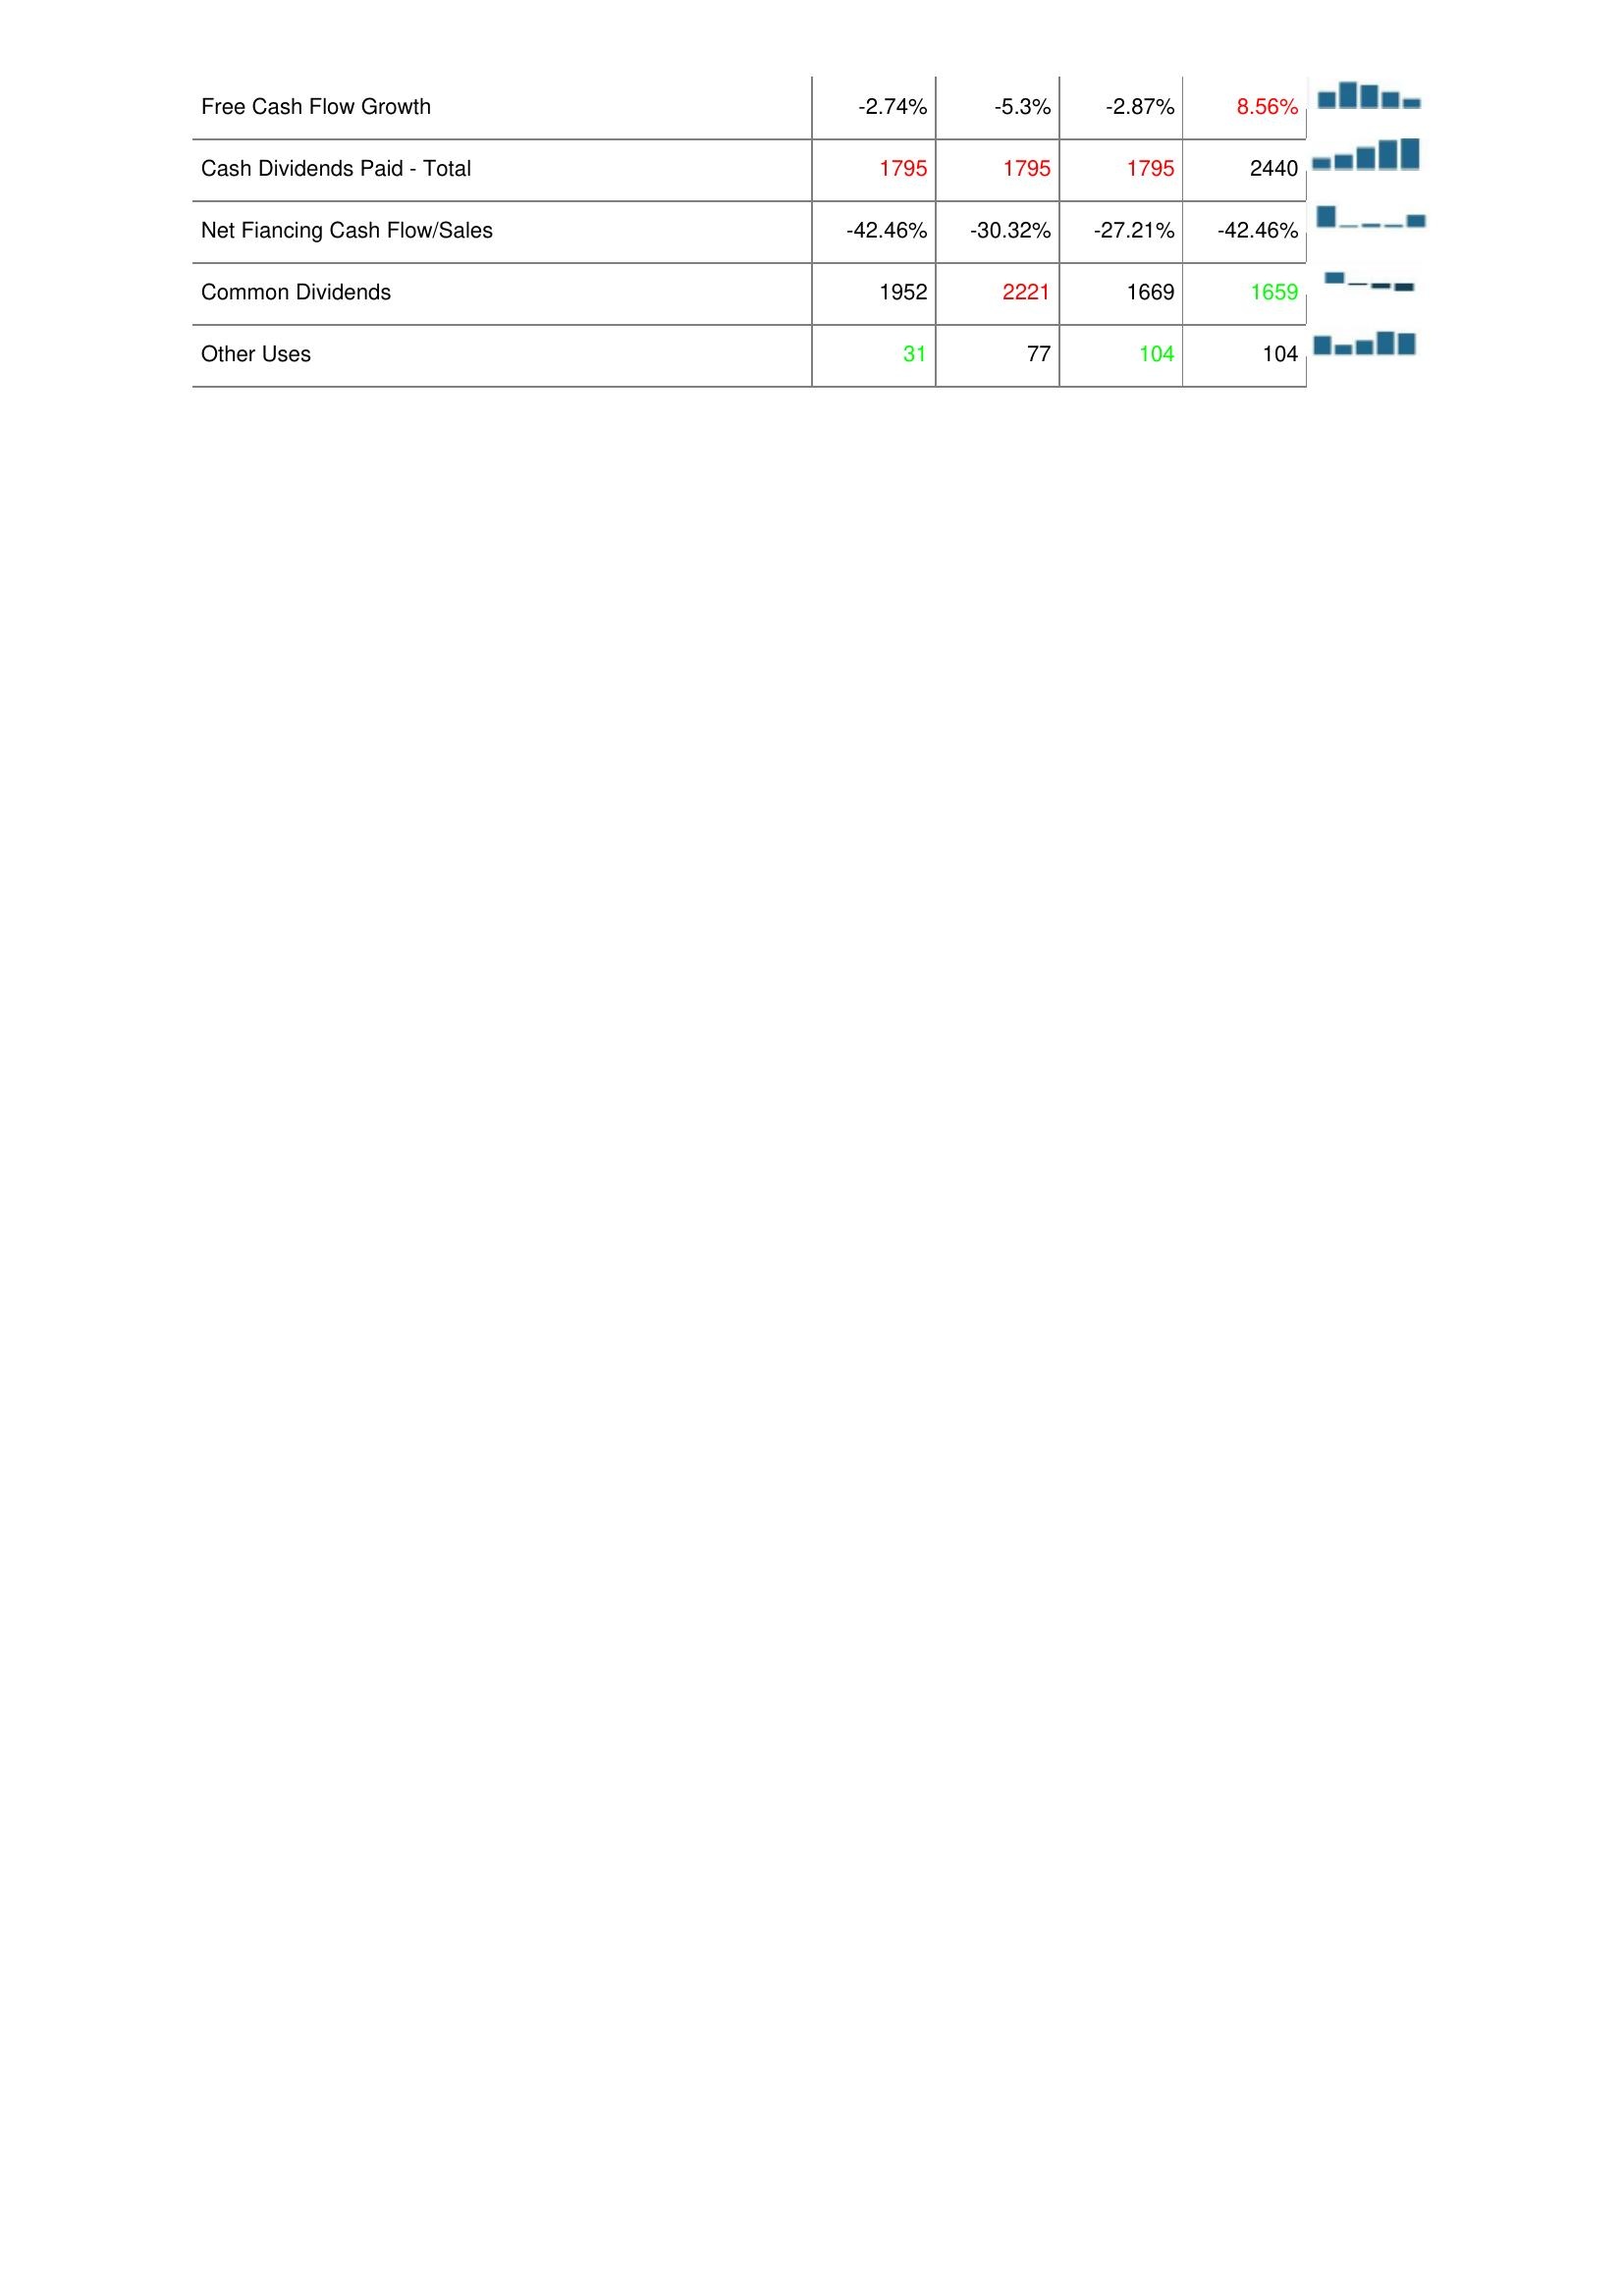
2015: Financing Activities: Free Cash Flow Growth: -2.74%
Cash Dividends Paid - Total: 1795
Net Fiancing Cash Flow/Sales: -42.46%
Common Dividends: 1952
Other Uses: 31
2014: Financing Activities: Free Cash Flow Growth: -5.3%
Cash Dividends Paid - Total: 1795
Net Fiancing Cash Flow/Sales: -30.32%
Common Dividends: 2221
Other Uses: 77
2013: Financing Activities: Free Cash Flow Growth: -2.87%
Cash Dividends Paid - Total: 1795
Net Fiancing Cash Flow/Sales: -27.21%
Common Dividends: 1669
Other Uses: 104
2012: Financing Activities: Free Cash Flow Growth: 8.56%
Cash Dividends Paid - Total: 2440
Net Fiancing Cash Flow/Sales: -42.46%
Common Dividends: 1659
Other Uses: 104